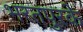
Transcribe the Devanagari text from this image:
भरतपुरके